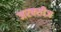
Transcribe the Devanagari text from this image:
जरक्सीज़